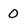
Character: 0